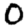
Digit: 0